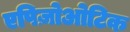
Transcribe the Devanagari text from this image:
एपिज़ोओटिक